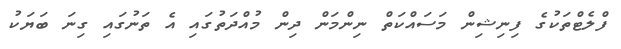
ފްލެޓްތަކުގެ ފިނިޝިން މަސައްކަތް ނިންމަން ދިން މުއްދަތުގައި އެ ތަނުގައި ގިނަ ބަޔަކު